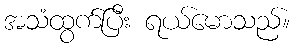
အသံထွက်ပြီး ရယ်မောသည်။